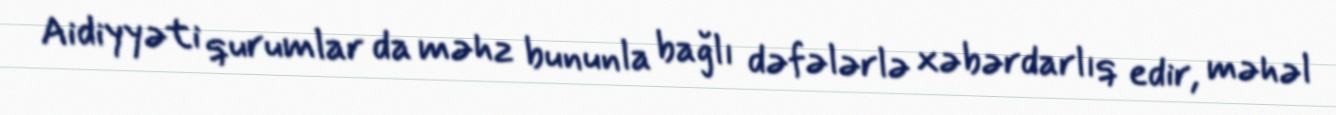
Aidiyyəti qurumlar da məhz bununla bağlı dəfələrlə xəbərdarlıq edir, məhəl